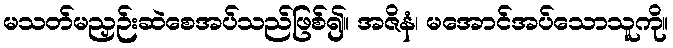
မသတ်မညှဉ်းဆဲစေအပ်သည်ဖြစ်၍။ အဇိနံ၊ မအောင်အပ်သောသူကို။